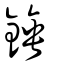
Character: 錘